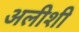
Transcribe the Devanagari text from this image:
अलीशी